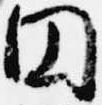
円